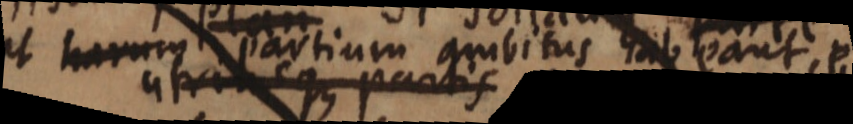
m Partium qrivitus mobant